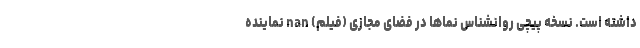
داشته است. نسخه پیچی روانشناس نماها در فضای مجازی (فیلم) nan نماینده